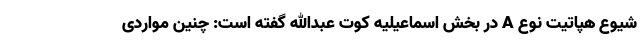
شیوع هپاتیت نوع A در بخش اسماعیلیه کوت عبدالله گفته است: چنین مواردی